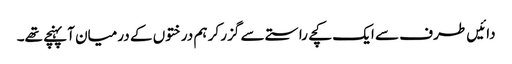
دائیں طرف سے ایک کچے راستے سے گزر کر ہم درختوں کے درمیان آپہنچے تھے۔